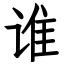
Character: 谁